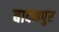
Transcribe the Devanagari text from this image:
बादनपुर